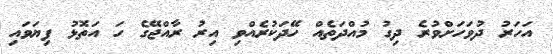
އަހަރު ދުވަހަށްވުރެ ދިގު މުއްދަތެއް ހޭދަކުރެއްވި އިރު ރާއްޖޭގެ ހަ އަތޮޅު ފިޔަވައި